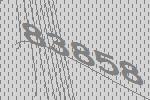
83858